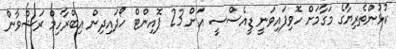
ކުޅުންތެރިޔާގެ މަގާމަށް ހޮވިފައިވަނީ ޑީއެސްސީ އަށް 23 ޕޮއިންޓް ހޯދައިދިން އިބްރާހިމް ރަޝްވާން